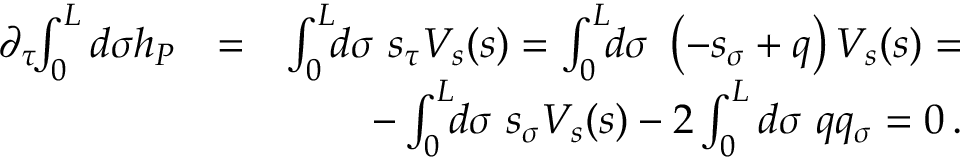
\begin{array} { r l r } { \partial _ { \tau } \! \! \int _ { 0 } ^ { L } d \sigma h _ { P } } & { = } & { \int _ { 0 } ^ { L } \! \! d \sigma ~ s _ { \tau } V _ { s } ( s ) = \int _ { 0 } ^ { L } \! \! d \sigma ~ \left( - s _ { \sigma } + q \right) V _ { s } ( s ) = } \\ & { } & { - \int _ { 0 } ^ { L } \! \! d \sigma ~ s _ { \sigma } V _ { s } ( s ) - 2 \int _ { 0 } ^ { L } d \sigma ~ q q _ { \sigma } = 0 \, . } \end{array}